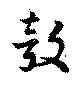
轂